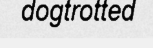
dogtrotted